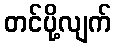
တင်ပို့လျက်